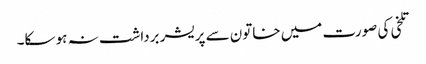
تلخی کی صورت میں خاتون سے پریشر برداشت نہ ہو سکا۔